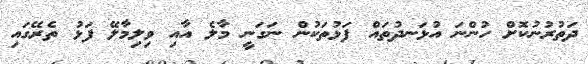
ދަތުރުނުކޮށް ހުންނަ އުޅަނދުތައް ފަޅުތަކުން ނަގަނީ މާލެ އާއި ވިލިމާލޭ ފަޅު ތެރޭގައި